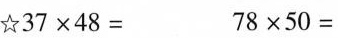
☆37×48= 78×50=